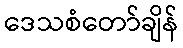
ဒေသစံတော်ချိန်